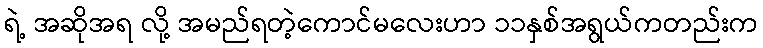
ရဲ့ အဆိုအရ လို့ အမည်ရတဲ့ကောင်မလေးဟာ ၁၁နှစ်အရွယ်ကတည်းက